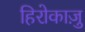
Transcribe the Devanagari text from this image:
हिरोकाज़ु